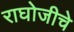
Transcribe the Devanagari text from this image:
राघोजीचे